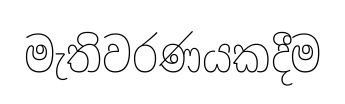
මැතිවරණයකදීම